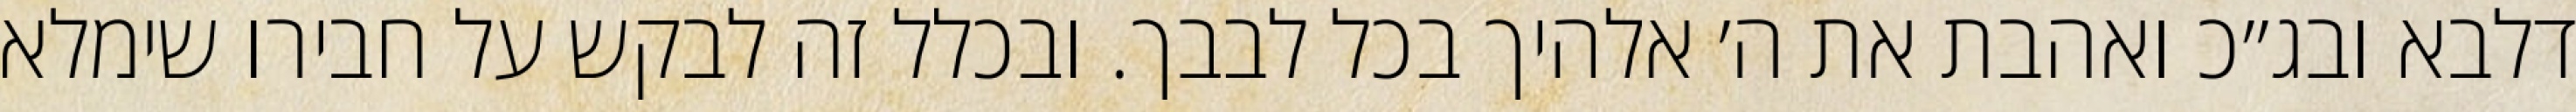
דלבא ובג״כ ואהבת את ה׳ אלהיך בכל לבבך. ובכלל זה לבקש על חבירו שימלא